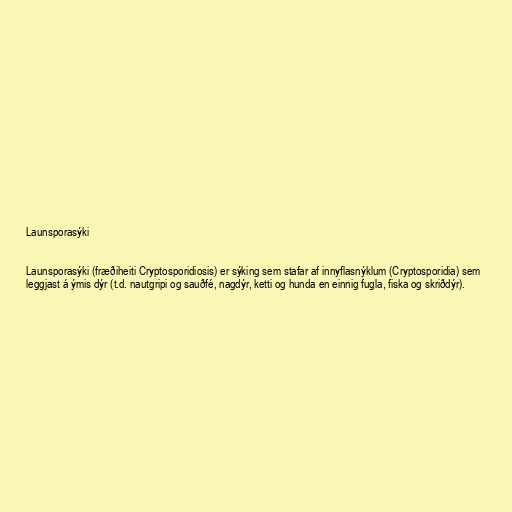
Launsporasýki

Launsporasýki (fræðiheiti Cryptosporidiosis) er sýking sem stafar af innyflasnýklum (Cryptosporidia) sem
leggjast á ýmis dýr (t.d. nautgripi og sauðfé, nagdýr, ketti og hunda en einnig fugla, fiska og skriðdýr).